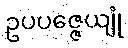
ဥပပဇ္ဇေယျုံ